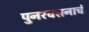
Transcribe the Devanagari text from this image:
पुनरवसनाचं